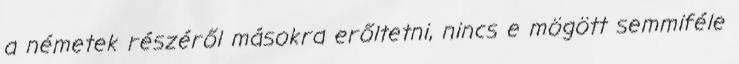
a németek részéről másokra erőltetni, nincs e mögött semmiféle